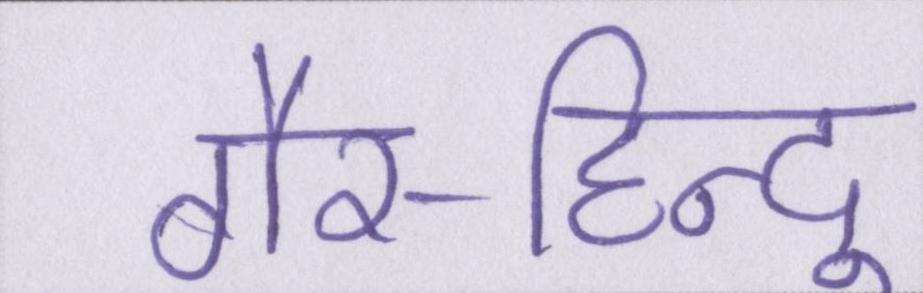
गैर-हिन्दू